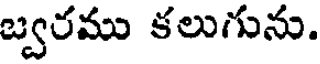
బ్వరము కలుగును.